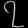
Digit: ၇